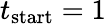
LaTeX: t_{\mathrm{start}}=1